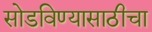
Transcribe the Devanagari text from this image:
सोडविण्यासाठीचा